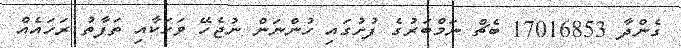
ގެންދާ 17016853 ބެޗް ނަމްބަރުގެ ފުށުގައި ހުންނަން ނުޖެހޭ ވަހަކާއި ތަފާތު ރަހައެއް